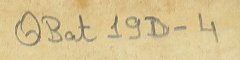
QBat19D-4